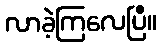
လာခဲ့ကြလေပြီ။